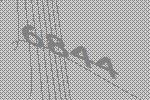
6844